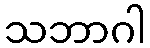
သဘာဂါ